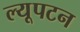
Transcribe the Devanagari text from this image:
ल्यूपटन